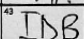
Transcription: IDB